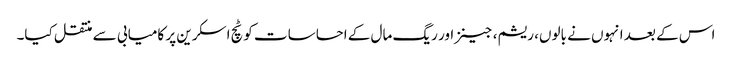
اس کے بعد انہوں نے بالوں، ریشم، جینز اور ریگ مال کے احساسات کو ٹچ اسکرین پر کامیابی سے منتقل کیا۔